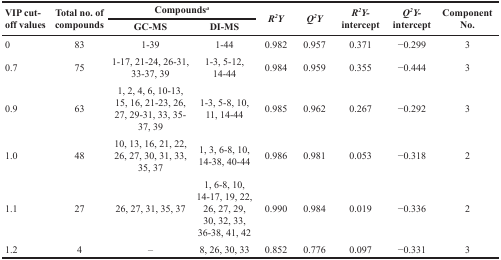
<table><thead><tr><td rowspan="2"><b>VIP cut-off values</b></td><td rowspan="2"><b>Total no. of compounds</b></td><td colspan="2"><b>Compounds<sup>a</sup></b></td><td rowspan="2"><b><i>R<sup>2</sup>Y</i></b></td><td rowspan="2"><b><i>Q<sup>2</sup>Y</i></b></td><td rowspan="2"><b><i>R<sup>2</sup>Y-</i> intercept</b></td><td rowspan="2"><b><i>Q<sup>2</sup>Y-</i> intercept</b></td><td rowspan="2"><b>Component No.</b></td></tr><tr><td><b>GC-MS</b></td><td><b>DI-MS</b></td></tr></thead><tbody><tr><td>0</td><td>83</td><td>1-39</td><td>1-44</td><td>0.982</td><td>0.957</td><td>0.371</td><td>−0.299</td><td>3</td></tr><tr><td>0.7</td><td>75</td><td>1-17, 21-24, 26-31, 33-37, 39</td><td>1-3, 5-12, 14-44</td><td>0.984</td><td>0.959</td><td>0.355</td><td>−0.444</td><td>3</td></tr><tr><td>0.9</td><td>63</td><td>1, 2, 4, 6, 10-13, 15, 16, 21-23, 26, 27, 29-31, 33, 35-37, 39</td><td>1-3, 5-8, 10, 11, 14-44</td><td>0.985</td><td>0.962</td><td>0.267</td><td>−0.292</td><td>3</td></tr><tr><td>1.0</td><td>48</td><td>10, 13, 16, 21, 22, 26, 27, 30, 31, 33, 35, 37</td><td>1, 3, 6-8, 10, 14-38, 40-44</td><td>0.986</td><td>0.981</td><td>0.053</td><td>−0.318</td><td>2</td></tr><tr><td>1.1</td><td>27</td><td>26, 27, 31, 35, 37</td><td>1, 6-8, 10, 14-17, 19, 22, 26, 27, 29, 30, 32, 33, 36-38, 41, 42</td><td>0.990</td><td>0.984</td><td>0.019</td><td>−0.336</td><td>2</td></tr><tr><td>1.2</td><td>4</td><td>–</td><td>8, 26, 30, 33</td><td>0.852</td><td>0.776</td><td>0.097</td><td>−0.331</td><td>3</td></tr></tbody></table>